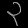
Digit: ၃